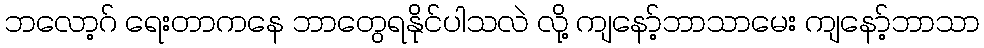
ဘလော့ဂ် ရေးတာကနေ ဘာတွေရနိုင်ပါသလဲ လို့ ကျနော့်ဘာသာမေး ကျနော့်ဘာသာ